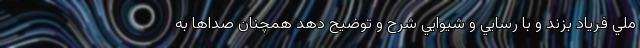
ملي فرياد بزند و با رسايي و شيوايي شرح و توضيح دهد همچنان صداها به